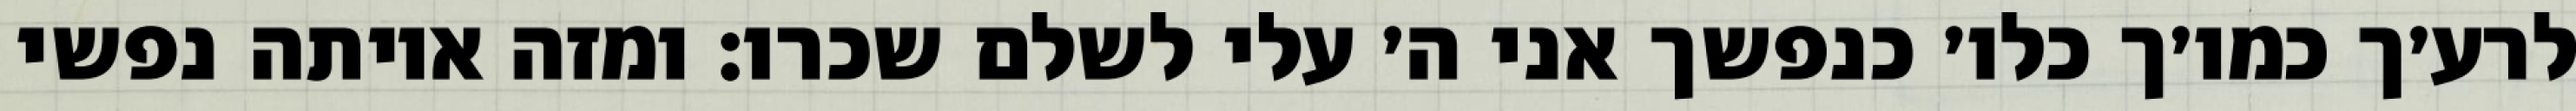
לרע׳ך כמו׳ך כלו׳ כנפשך אני ה׳ עלי לשלם שכרו: ומזה איותה נפשי